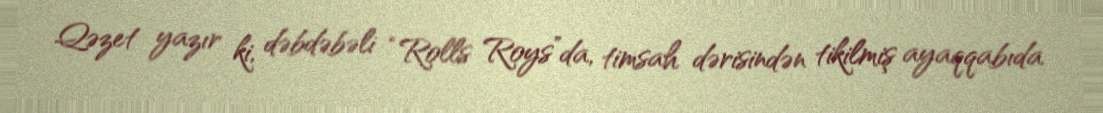
Qəzet yazır ki, dəbdəbəli “Rolls Roys”da, timsah dərisindən tikilmiş ayaqqabıda